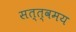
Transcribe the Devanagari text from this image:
सत्त्वमय